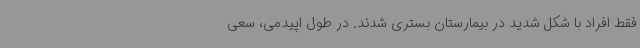
فقط افراد با شکل شدید در بیمارستان بستری شدند. در طول اپیدمی، سعی